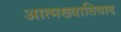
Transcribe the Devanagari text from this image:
आत्मख्यातिवाद